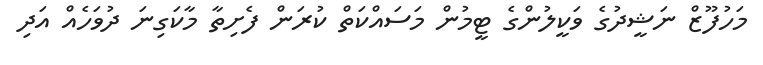
މަހުފޫޒް ނަޝީދުގެ ވަކީލުންގެ ޓީމުން މަސައްކަތް ކުރަން ފެށިތާ މާކަގިނަ ދުވަހެއް އަދި